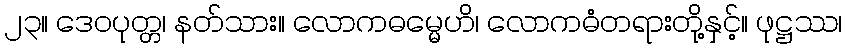
၂၃။ ဒေဝပုတ္တ၊ နတ်သား။ လောကဓမ္မေဟိ၊ လောကဓံတရားတို့နှင့်။ ဖုဋ္ဌဿ၊